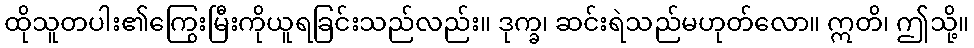
ထိုသူတပါး၏ကြွေးမြီးကိုယူရခြင်းသည်လည်း။ ဒုက္ခ၊ ဆင်းရဲသည်မဟုတ်လော။ ဣတိ၊ ဤသို့။